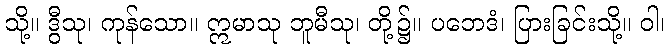
သို့။ ဒွီသု၊ ကုန်သော။ ဣမာသု ဘူမီသု၊ တို့၌။ ပဘေဒံ၊ ပြားခြင်းသို့။ ဝါ၊